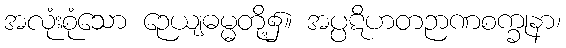
အလုံးစုံသော ဉေယျဓမ္မတို့၌။ အပ္ပဋိဟတဉာဏစက္ခုနာ၊